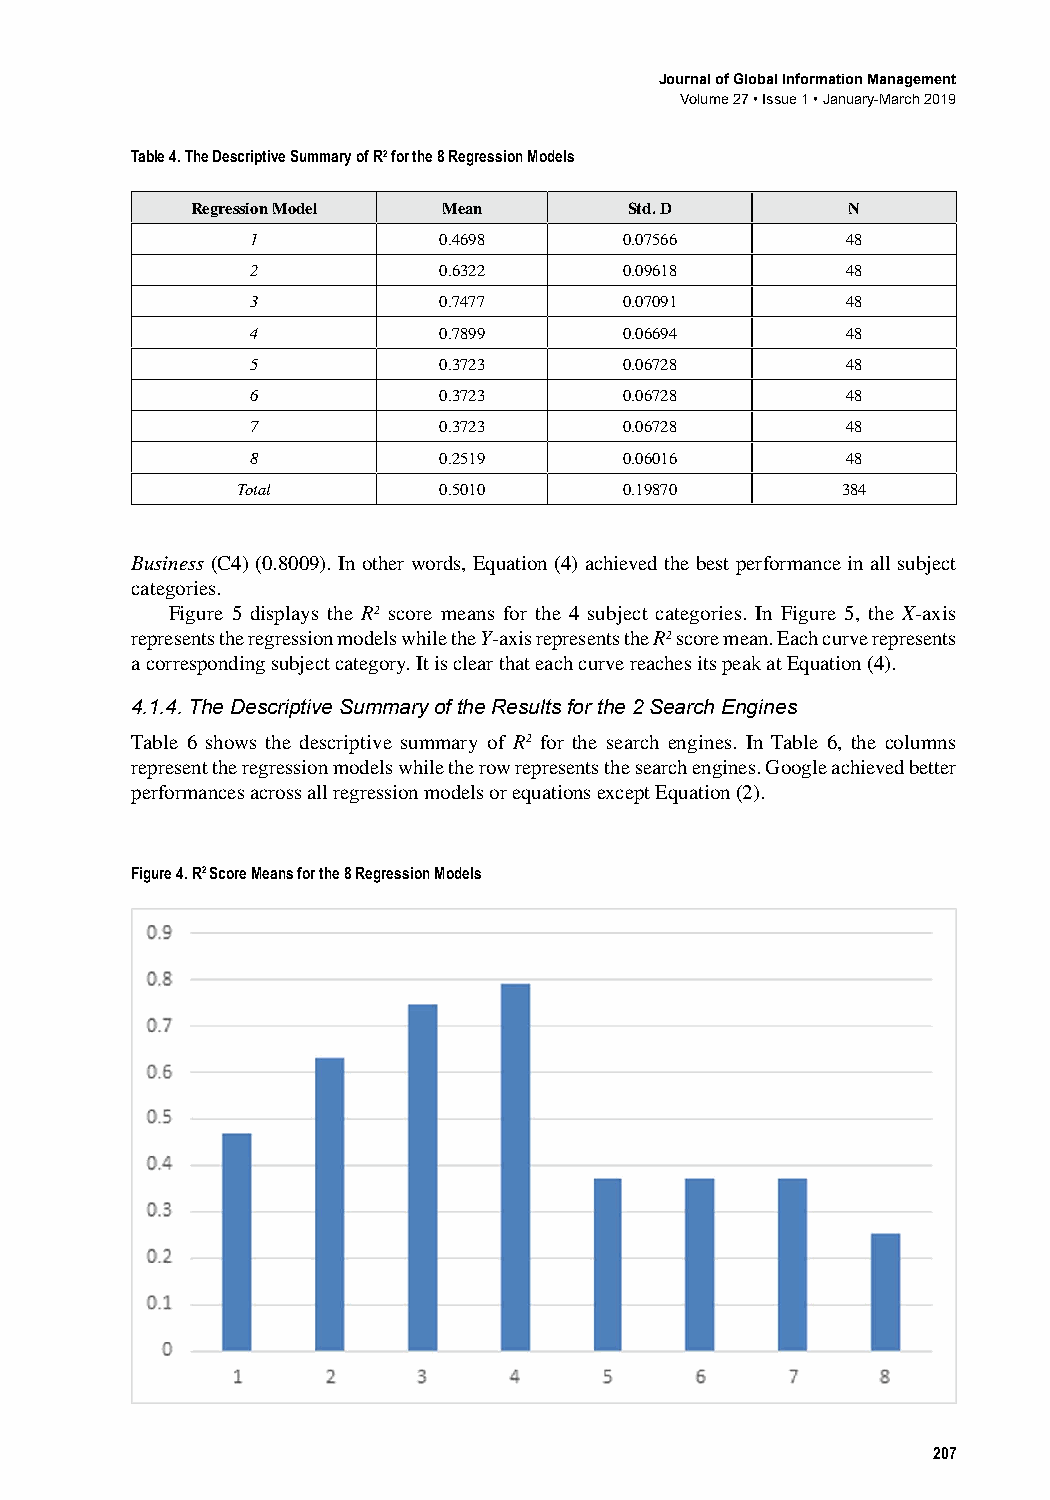
Journal of Global Information Management
 Volume 27 • Issue 1 • January-March 2019
 Table 4. The Descriptive Summary of R2 for the 8 Regression Models
 Regression Model Mean        Std. D        N
 1           0.4698      0.07566        48
 2           0.6322      0.09618        48
 3           0.7477      0.07091        48
 4           0.7899      0.06694        48
 5           0.3723      0.06728        48
 6           0.3723      0.06728        48
 7           0.3723      0.06728        48
 8           0.2519      0.06016        48
 Total        0.5010      0.19870        384
 Business﻿(C4)﻿(0.8009).﻿In﻿other﻿words,﻿Equation﻿(4)﻿achieved﻿the﻿best﻿performance﻿in﻿all﻿subject﻿
 categories.
 Figure﻿5﻿displays﻿the﻿R2﻿score﻿means﻿for﻿the﻿4﻿subject﻿categories.﻿In﻿Figure﻿5,﻿the﻿X-axis﻿
 represents﻿the﻿regression﻿models﻿while﻿the﻿Y-axis﻿represents﻿the﻿R2﻿score﻿mean.﻿Each﻿curve﻿represents﻿
 a﻿corresponding﻿subject﻿category.﻿It﻿is﻿clear﻿that﻿each﻿curve﻿reaches﻿its﻿peak﻿at﻿Equation﻿(4).
 4.1.4. The Descriptive Summary of the Results for the 2 Search Engines
 Table﻿6﻿shows﻿the﻿descriptive﻿summary﻿of﻿R2﻿for﻿the﻿search﻿engines.﻿In﻿Table﻿6,﻿the﻿columns﻿
 represent﻿the﻿regression﻿models﻿while﻿the﻿row﻿represents﻿the﻿search﻿engines.﻿Google﻿achieved﻿better﻿
 performances﻿across﻿all﻿regression﻿models﻿or﻿equations﻿except﻿Equation﻿(2).
 Figure 4. R2 Score Means for the 8 Regression Models
 207